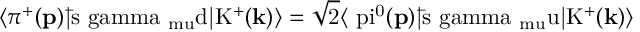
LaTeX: \langle \pi ^ { + } ( \bf { p } \mathrm { ) | \bar { s } \ g a m m a _ { \ m u } d | K ^ { + } ( \bf { k } \mathrm { ) \rangle = \sqrt { 2 } \langle \ p i ^ { 0 } ( \bf { p } \mathrm { ) | \bar { s } \ g a m m a _ { \ m u } u | K ^ { + } ( \bf { k } \mathrm { ) \rangle } } } }